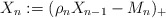
\begin{align*} X_n:=(\rho_n X_{n-1}-M_n)_+ \end{align*}